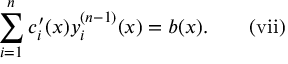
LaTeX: \sum _ { i = 1 } ^ { n } c _ { i } ^ { \prime } ( x ) y _ { i } ^ { ( n - 1 ) } ( x ) = b ( x ) . \quad \quad \mathrm { { ( v i i ) } }